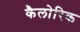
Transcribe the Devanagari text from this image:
कैलोरिक